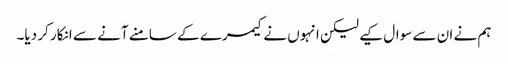
ہم نے ان سے سوال کیے لیکن انہوں نے کیمرے کے سامنے آنے سے انکار کر دیا۔